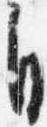
自